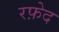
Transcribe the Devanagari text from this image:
रफ़ेद